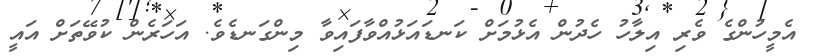
އެމީހުންގެ ވެރި އިލާހު ހެދުން އެޅުމަށް ކަނޑައަޅުއްވާފައިވާ މިންގަނޑެވެ. އަހަރެން ކުވޭތަށް އައީ